Problem: 8 × 12 = ?
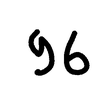
Handwritten answer: 96